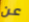
عن